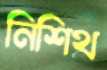
নিশিথ